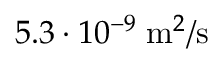
5 . 3 \cdot 1 0 ^ { - 9 } \; \mathrm { m } ^ { 2 } / \mathrm { s }